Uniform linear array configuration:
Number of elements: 24
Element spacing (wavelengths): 1
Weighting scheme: hann
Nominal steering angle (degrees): -15
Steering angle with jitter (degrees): -14.077
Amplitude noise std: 0.05
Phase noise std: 0.05

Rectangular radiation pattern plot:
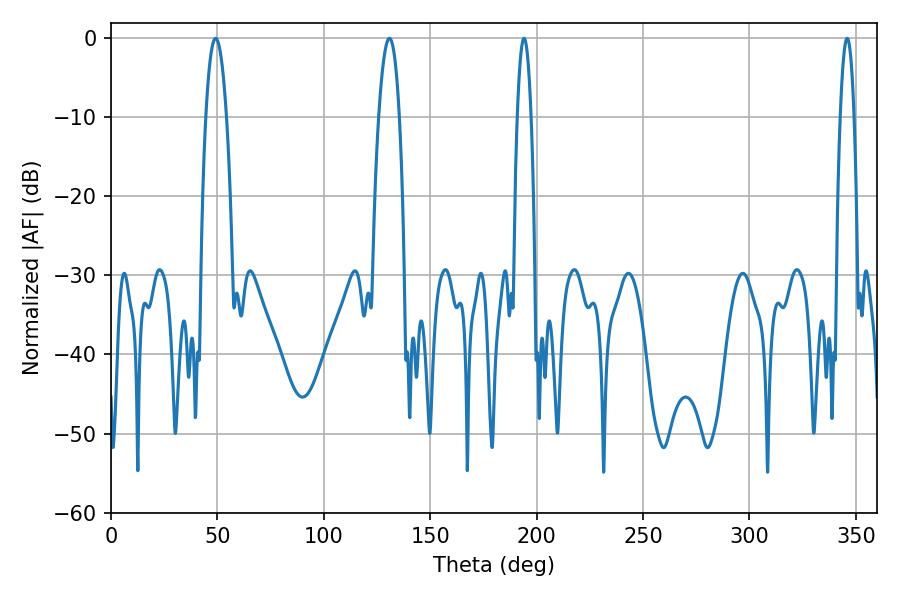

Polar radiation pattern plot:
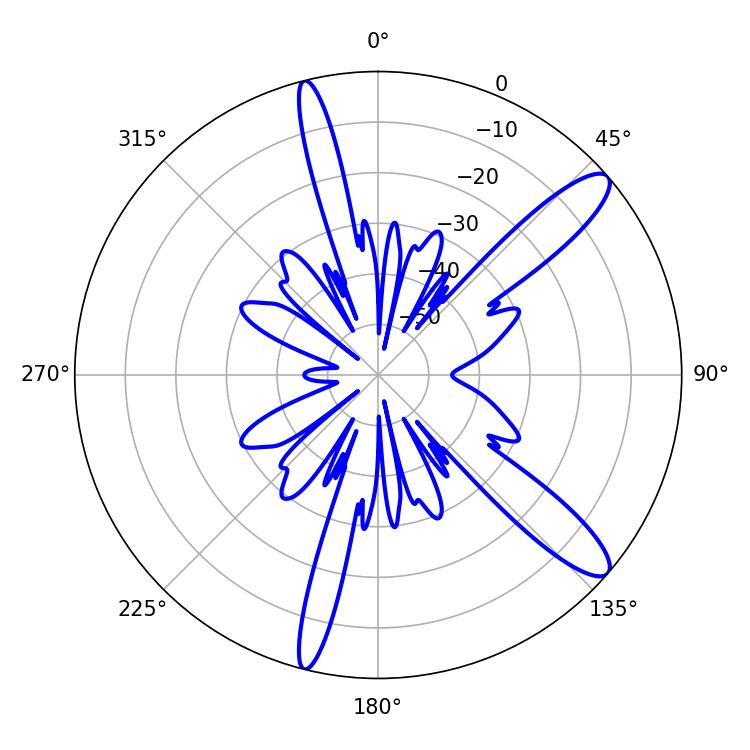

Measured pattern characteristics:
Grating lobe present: TRUE
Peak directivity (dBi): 12.217
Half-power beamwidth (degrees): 5.22
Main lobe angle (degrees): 49.14